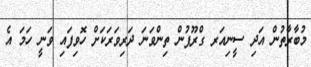
މުބާރާތުން އަދި ސީނިއަރ ގްރޫޕުން ތިންވަނަ ދަރިވަރަކަށް ހޮވިފައި ވަނީ ހަމަ އެ